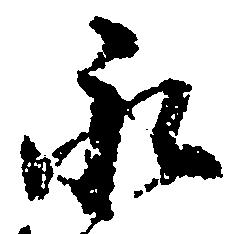
永